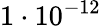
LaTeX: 1\cdot 10^{-12}